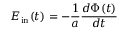
E _ { \mathrm { i n } } ( t ) = - \frac { 1 } { a } \frac { d \Phi ( t ) } { d t }